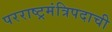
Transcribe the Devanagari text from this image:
परराष्ट्रमंत्रिपदाची